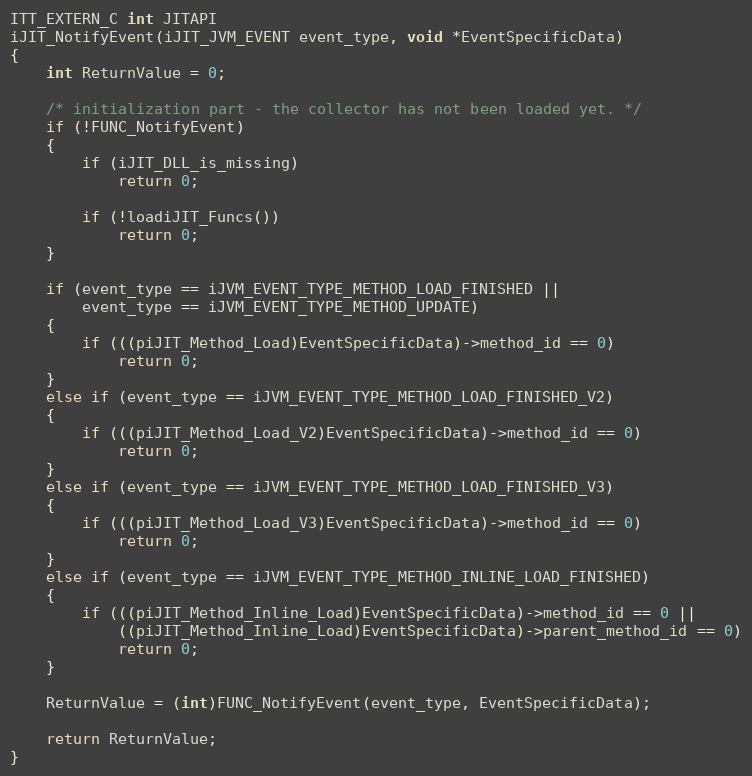
Language: C
ITT_EXTERN_C int JITAPI
iJIT_NotifyEvent(iJIT_JVM_EVENT event_type, void *EventSpecificData)
{
    int ReturnValue = 0;

    /* initialization part - the collector has not been loaded yet. */
    if (!FUNC_NotifyEvent)
    {
        if (iJIT_DLL_is_missing)
            return 0;

        if (!loadiJIT_Funcs())
            return 0;
    }

    if (event_type == iJVM_EVENT_TYPE_METHOD_LOAD_FINISHED ||
        event_type == iJVM_EVENT_TYPE_METHOD_UPDATE)
    {
        if (((piJIT_Method_Load)EventSpecificData)->method_id == 0)
            return 0;
    }
    else if (event_type == iJVM_EVENT_TYPE_METHOD_LOAD_FINISHED_V2)
    {
        if (((piJIT_Method_Load_V2)EventSpecificData)->method_id == 0)
            return 0;
    }
    else if (event_type == iJVM_EVENT_TYPE_METHOD_LOAD_FINISHED_V3)
    {
        if (((piJIT_Method_Load_V3)EventSpecificData)->method_id == 0)
            return 0;
    }
    else if (event_type == iJVM_EVENT_TYPE_METHOD_INLINE_LOAD_FINISHED)
    {
        if (((piJIT_Method_Inline_Load)EventSpecificData)->method_id == 0 ||
            ((piJIT_Method_Inline_Load)EventSpecificData)->parent_method_id == 0)
            return 0;
    }

    ReturnValue = (int)FUNC_NotifyEvent(event_type, EventSpecificData);

    return ReturnValue;
}